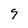
Character: 9